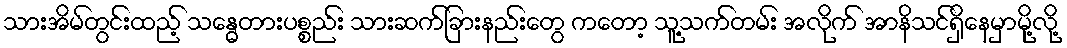
သားအိမ်တွင်းထည့် သန္ဓေတားပစ္စည်း သားဆက်ခြားနည်းတွေ ကတော့ သူ့သက်တမ်း အလိုက် အာနိသင်ရှိနေမှာမို့လို့